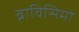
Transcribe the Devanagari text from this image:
ब्राविसिमो